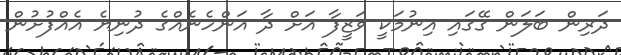
ދަރިން ބަލަން ގޭގައި އިނުމަކީ ވަޒީފާ އަށް ދާ އަންހެނެއްގެ ދުނިޔެ އެއްފުށުން